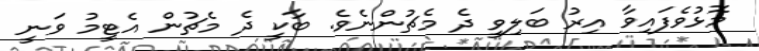
މޮޅުވެފައިވާ އިރު ބަލިވީ ދެ މެޗުންނެވެ. ބާކީ ދެ މެޗުން އެޓީމު ވަނީ